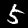
Digit: 5